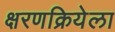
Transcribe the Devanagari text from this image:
क्षरणक्रियेला